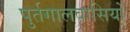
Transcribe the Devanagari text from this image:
पुर्तगालवासियों